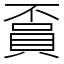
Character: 𧶏